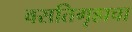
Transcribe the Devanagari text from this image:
वसतिगृहाचा